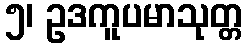
၅၊ ဥဒကူပမာသုတ္တ